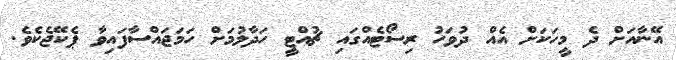
އޭނާއަށް ދެ މީހަކަށް އެއް ދުވަހު ރިސޯޓެއްގައި ޗުއްޓީ ހަދާލުމަށް ހަމަޖައްސާފައިވާ ޕެކޭޖެކެވެ.